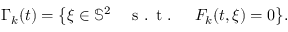
\Gamma _ { k } ( t ) = \big \{ \xi \in \mathbb { S } ^ { 2 } \quad \textnormal { s . t . } \quad F _ { k } ( t , \xi ) = 0 \big \} .